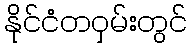
နိုင်ငံတဝှမ်းတွင်